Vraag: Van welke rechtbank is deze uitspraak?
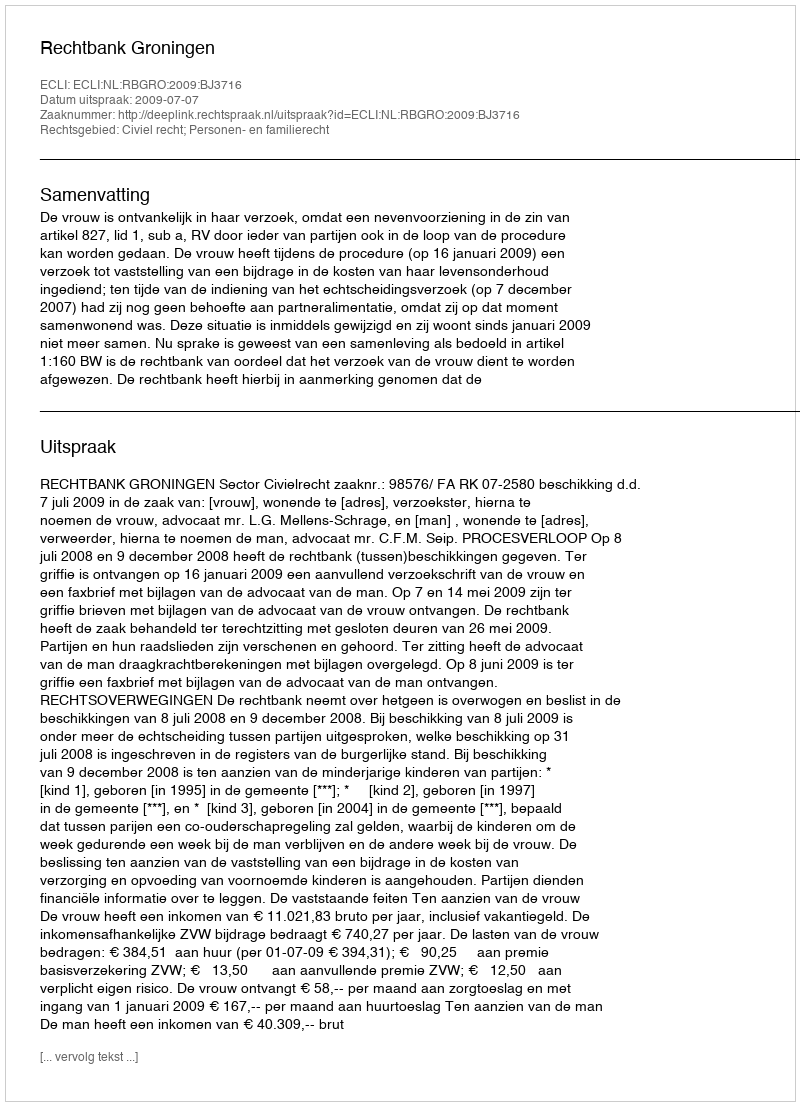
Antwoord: Rechtbank Groningen